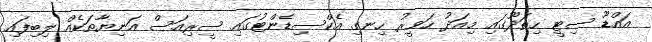
އައްޑޫ ސިޓީ ހިތަދޫގައި މިއަދު ހަވީރު ހިނގި އެކްސިޑެންޓުގައި ސީރިއަސް އަނިޔާތަކެއް ލިބިފައި